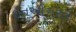
ઇનઓગરલ